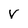
Character: v